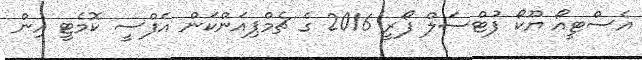
އެސްޓިީއޯ ޔޫކޯ ފުޓްސަލް ފޯރީ 2016 ގެ ޗެމްޕިއަންކަން އެފްސީ ކޮމެޓީ އިން